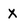
Character: X